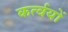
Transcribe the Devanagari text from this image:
कर्त्वयों